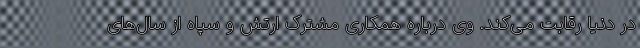
در دنیا رقابت می‌کند. وی درباره همکاری مشترک ارتش و سپاه از سال‌های